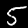
Digit: 5